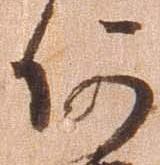
何